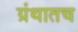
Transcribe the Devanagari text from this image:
ग्रंथातच